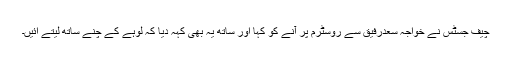
چیف جسٹس نے خواجہ سعدرفیق سے روسٹرم پر آنے کو کہا اور ساتھ یہ بھی کہہ دیا کہ لوہے کے چنے ساتھ لیتے آئیں۔